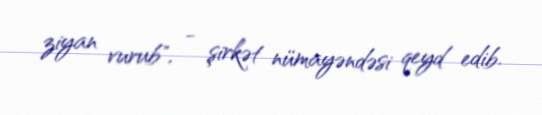
ziyan vurub", - şirkət nümayəndəsi qeyd edib.